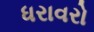
ધરાવરો